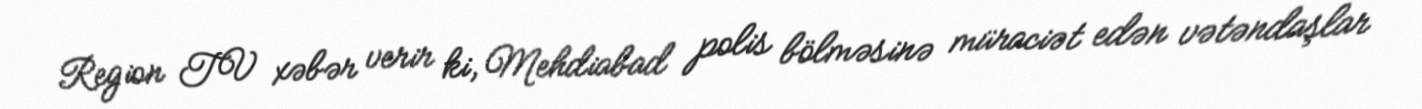
Region TV xəbər verir ki, Mehdiabad polis bölməsinə müraciət edən vətəndaşlar